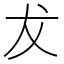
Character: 犮